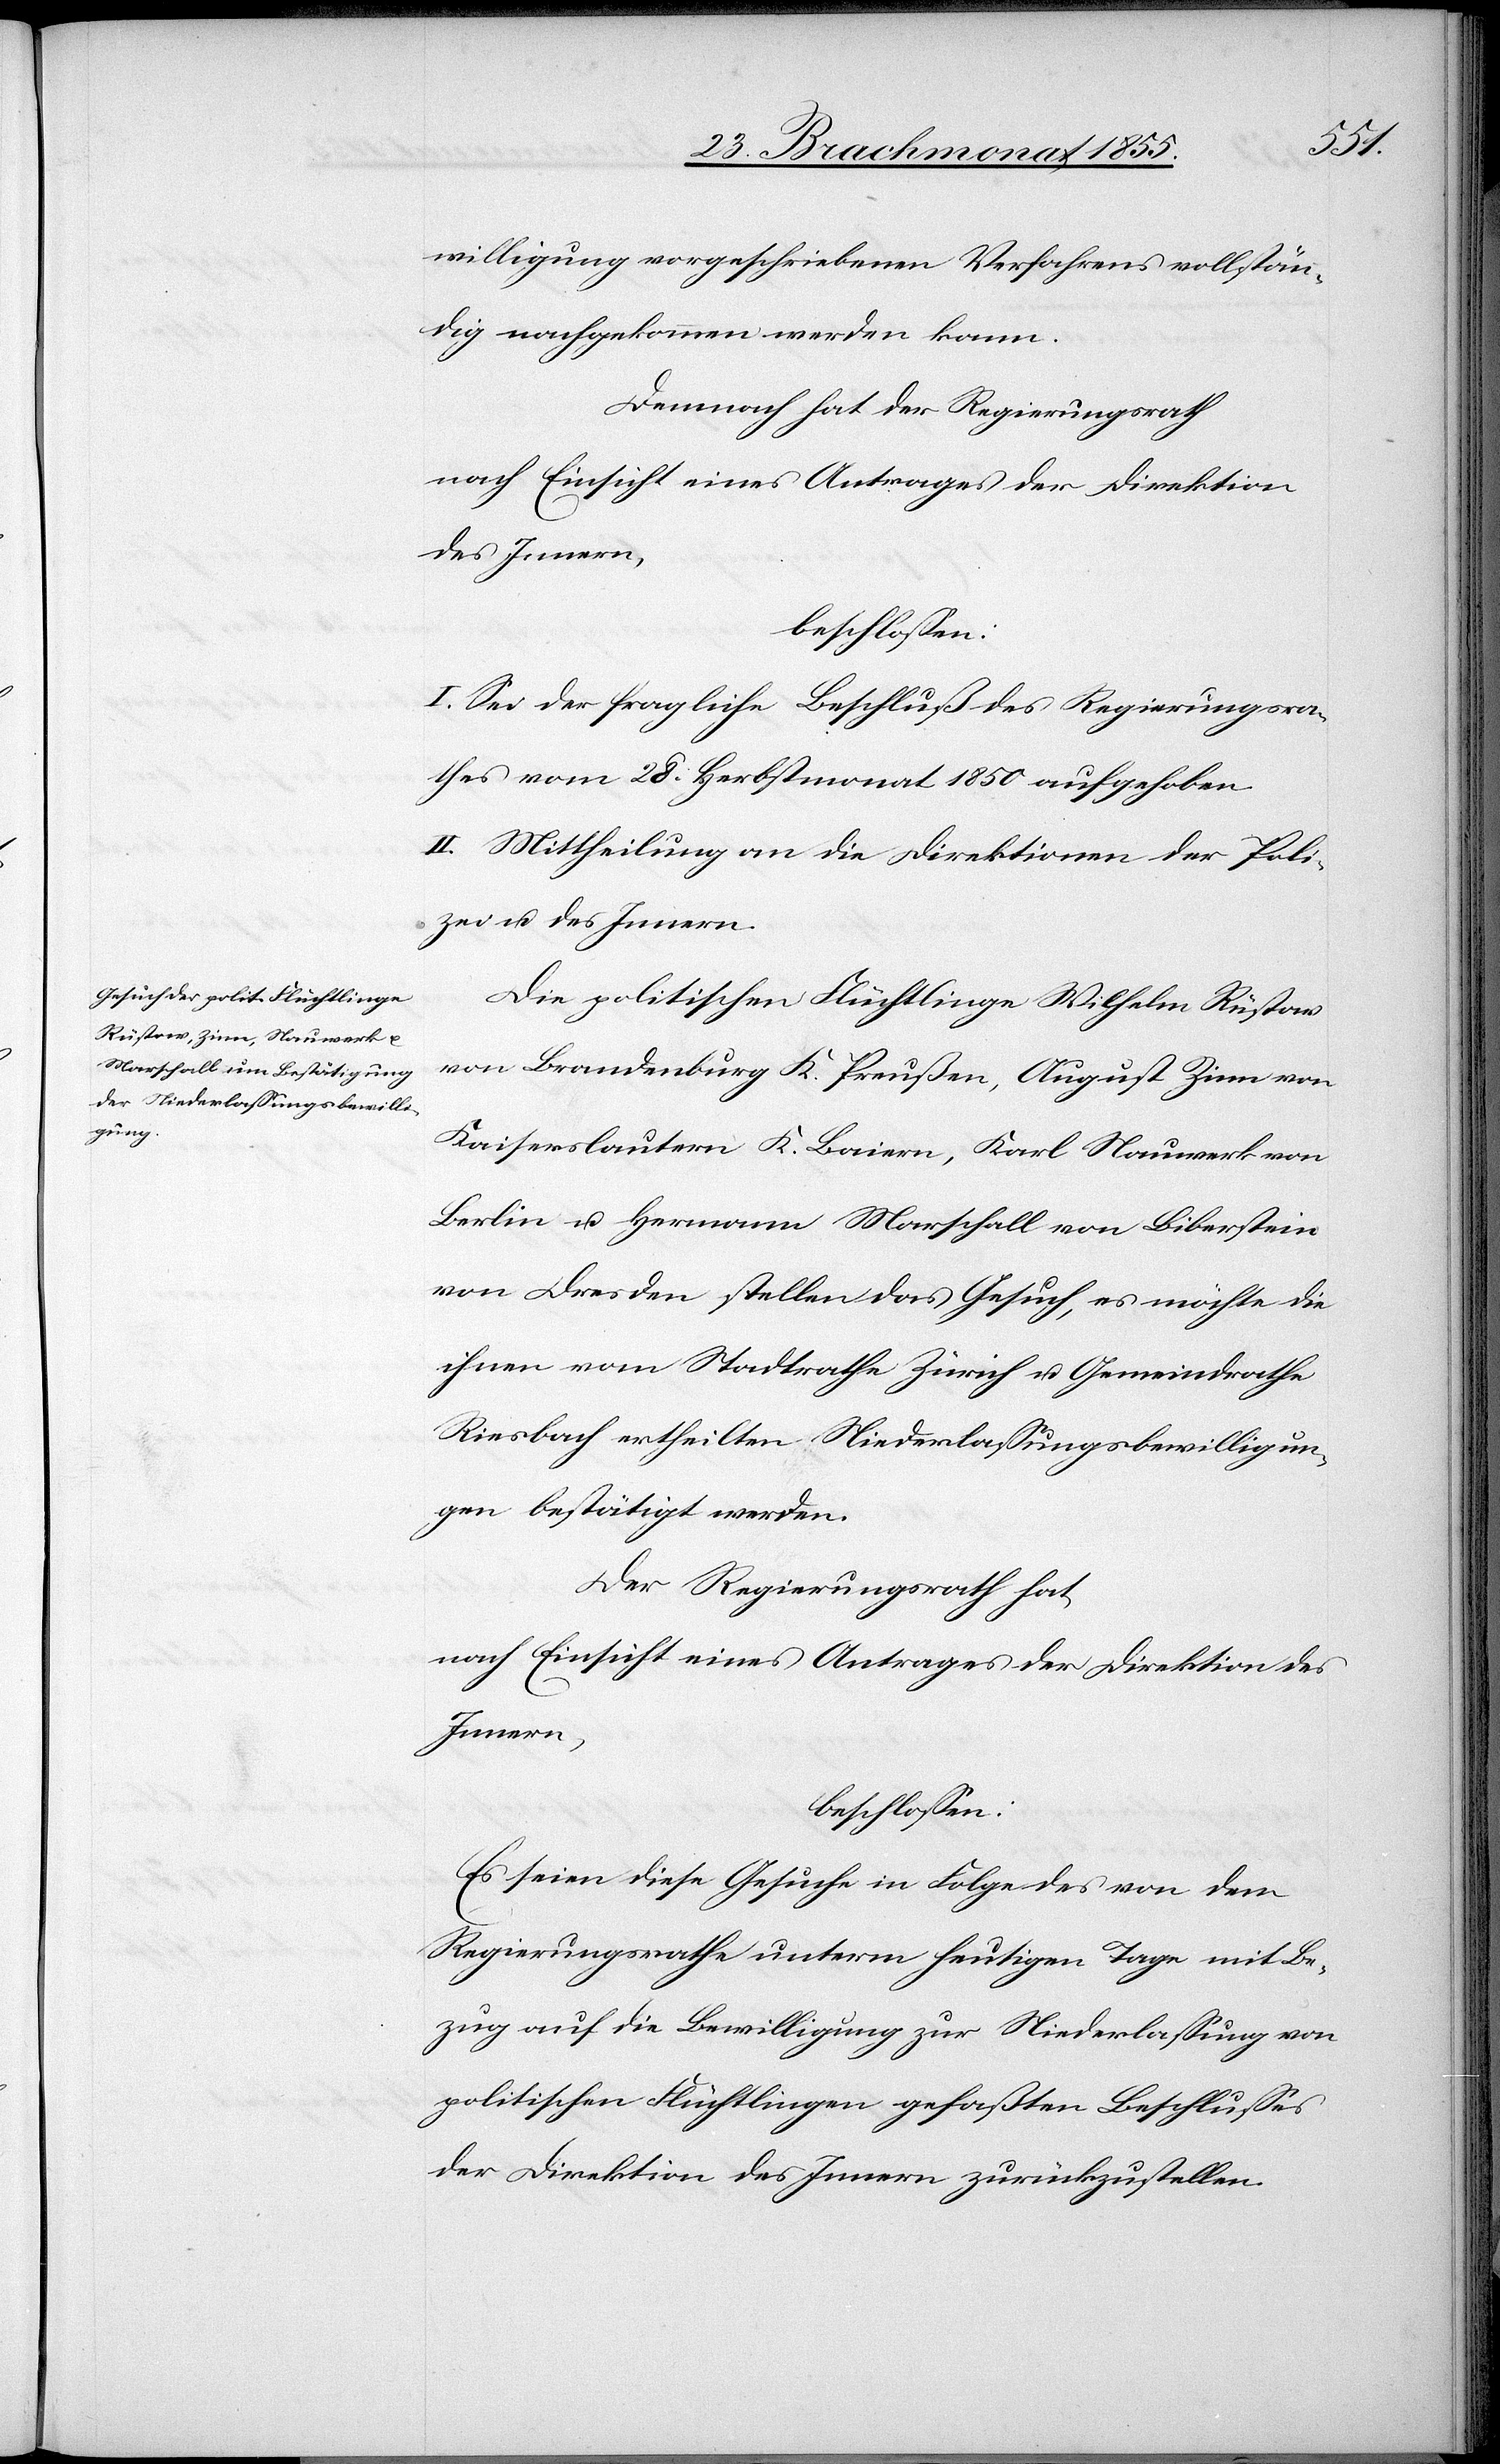
willigung vorgeschriebenen Verfahrens vollstän¬
dig nachgekommen werden kann.
Demnach hat der Regierungsrath
nach Einsicht eines Antrages der Direktion
des Innern,
beschlossen:
I. Sei der fragliche Beschluß des Regierungsra¬
thes vom 28. Herbstmonat 1850 aufgehoben.
II. Mittheilung an die Direktionen der Poli¬
zei u. des Innern.
Die politischen Flüchtlinge Wilhelm Rüstow
von Brandenburg K. Preußen, August Zinn von
Kaiserslautern K. Baiern, Karl Nauwerk von
Berlin u. Hermann Marschall von Biberstein
von Dresden stellen das Gesuch, es möchte[n] die
ihnen vom Stadtrathe Zürich u. Gemeindrathe
Riesbach ertheilten Niederlassungsbewilligun¬
gen bestätigt werden.
Der Regierungsrath hat,
nach Einsicht eines Antrages der Direktion des
Innern,
beschlossen:
Es seien diese Gesuche in Folge des von dem
Regierungsrathe unterm heutigen Tage mit Be¬
zug auf die Bewilligung zur Niederlassung von
politischen Flüchtlingen gefaßten Beschlusses
der Direktion des Innern zurückzustellen.